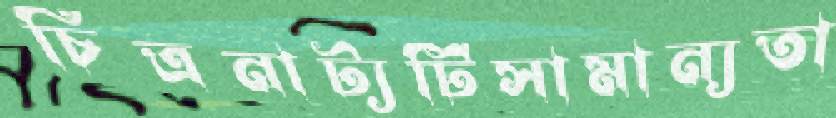
চিত্রনাট্যটিসামান্যতা